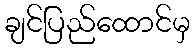
ချင်ပြည်ထောင်မှ